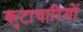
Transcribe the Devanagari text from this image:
कुटाचारियों